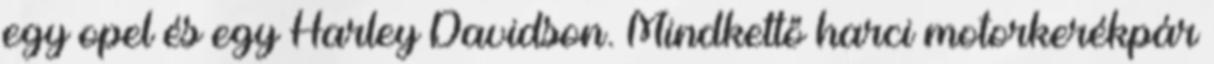
egy opel és egy Harley Davidson. Mindkettő harci motorkerékpár